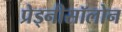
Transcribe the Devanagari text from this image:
प्रेड्नीसॉलोन